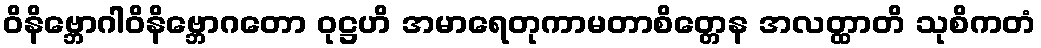
ဝိနိဗ္ဘောဂါဝိနိဗ္ဘောဂတော ဝုဋ္ဌဟိ အမာရေတုကာမတာစိတ္တေန အလတ္ထာတိ သုစိကတံ